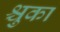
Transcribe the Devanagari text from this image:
श्चुका